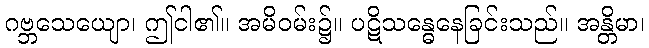
ဂဗ္ဘသေယျော၊ ဤငါ၏။ အမိဝမ်း၌။ ပဋိသန္ဓေနေခြင်းသည်။ အန္တိမာ၊